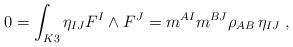
LaTeX: \begin{align*} 0 = \int_{K3} \eta_{IJ} F^I \wedge F^J = m^{AI} m^{BJ} \rho_{AB} \, \eta_{IJ} \ ,\end{align*}